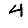
Digit: 4